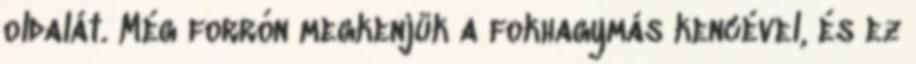
oldalát. Még forrón megkenjük a fokhagymás kencével, és ez